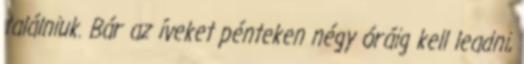
találniuk. Bár az íveket pénteken négy óráig kell leadni,